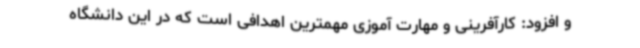
و افزود: کارآفرینی و مهارت آموزی مهمترین اهدافی است که در این دانشگاه